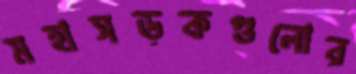
মহাসড়কগুলোর